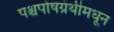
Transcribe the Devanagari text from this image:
पश्चपोषग्रंथीमधून